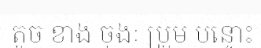
តូច ខាង ចុងៈ ប្រួម បន្ទោះ